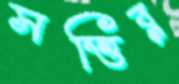
সত্তির